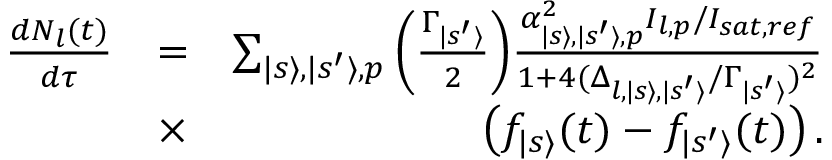
\begin{array} { r l r } { \frac { d N _ { l } ( t ) } { d \tau } } & { = } & { \sum _ { | s \rangle , | s ^ { \prime } \rangle , p } \left( { \frac { \Gamma _ { | s ^ { \prime } \rangle } } { 2 } } \right) \! { \frac { \alpha _ { | s \rangle , | s ^ { \prime } \rangle , p } ^ { 2 } I _ { l , p } / I _ { s a t , r e f } } { 1 + 4 ( \Delta _ { l , | s \rangle , | s ^ { \prime } \rangle } / \Gamma _ { | s ^ { \prime } \rangle } ) ^ { 2 } } } } \\ & { \times } & { \left( f _ { | s \rangle } ( t ) - f _ { | s ^ { \prime } \rangle } ( t ) \right) . } \end{array}